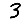
Digit: 3